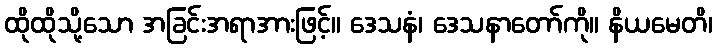
ထိုထိုသို့သော အခြင်းအရာအားဖြင့်။ ဒေသနံ၊ ဒေသနာတော်ကို။ နိယမေတိ၊